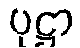
ပုဋ္ဌာ